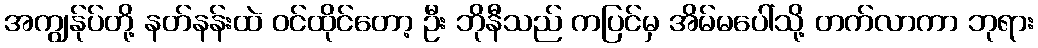
အကျွန်ုပ်တို့ နတ်နန်းထဲ ဝင်ထိုင်တော့ ဦး ဘိုနီသည် ကပြင်မှ အိမ်မပေါ်သို့ တက်လာကာ ဘုရား